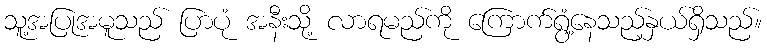
သူ့အပြုအမူသည် ပြာပုံ အနီးသို့ လာရမည်ကို ကြောက်ရွံ့နေသည့်နှယ်ရှိသည်။